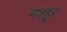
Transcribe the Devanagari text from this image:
मश्‍हूर